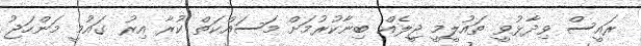
ރައީސް ވިދާޅުވީ ތައުލީމީ ޖީލެއް ބިނާކުރުމަށް މަސައްކަތް ކުރާ އިރު ގައުމީ މަންހަޖު